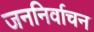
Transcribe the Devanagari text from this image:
जननिर्वाचन